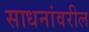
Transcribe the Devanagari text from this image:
साधनांवरील